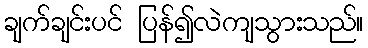
ချက်ချင်းပင် ပြန်၍လဲကျသွားသည်။